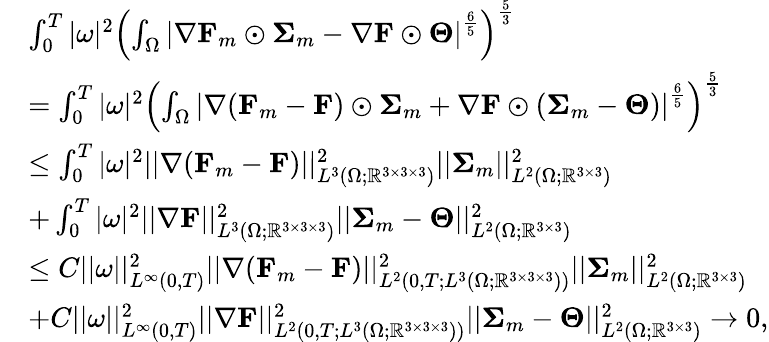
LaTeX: \begin{array}{rl}&{\int_{0}^{T}|\omega|^{2}\left(\int_{\Omega}\left|\nabla\mathbf{F}_{m}\odot\boldsymbol{\Sigma}_{m}-\nabla\mathbf{F}\odot\boldsymbol{\Theta}\right|^{\frac{6}{5}}\right)^{\frac{5}{3}}}\\ &{=\int_{0}^{T}|\omega|^{2}\left(\int_{\Omega}\left|\nabla(\mathbf{F}_{m}-\mathbf{F})\odot\boldsymbol{\Sigma}_{m}+\nabla\mathbf{F}\odot(\boldsymbol{\Sigma}_{m}-\boldsymbol{\Theta})\right|^{\frac{6}{5}}\right)^{\frac{5}{3}}}\\ &{\leq\int_{0}^{T}|\omega|^{2}||\nabla(\mathbf{F}_{m}-\mathbf{F})||_{L^{3}(\Omega;\mathbb{R}^{3\times 3\times 3})}^{2}||\boldsymbol{\Sigma}_{m}||_{L^{2}(\Omega;\mathbb{R}^{3\times 3})}^{2}}\\ &{+\int_{0}^{T}|\omega|^{2}||\nabla\mathbf{F}||_{L^{3}(\Omega;\mathbb{R}^{3\times 3\times 3})}^{2}||\boldsymbol{\Sigma}_{m}-\boldsymbol{\Theta}||_{L^{2}(\Omega;\mathbb{R}^{3\times 3})}^{2}}\\ &{\leq C||\omega||_{L^{\infty}(0,T)}^{2}||\nabla(\mathbf{F}_{m}-\mathbf{F})||_{L^{2}(0,T;L^{3}(\Omega;\mathbb{R}^{3\times 3\times 3}))}^{2}||\boldsymbol{\Sigma}_{m}||_{L^{2}(\Omega;\mathbb{R}^{3\times 3})}^{2}}\\ &{+C||\omega||_{L^{\infty}(0,T)}^{2}||\nabla\mathbf{F}||_{L^{2}(0,T;L^{3}(\Omega;\mathbb{R}^{3\times 3\times 3}))}^{2}||\boldsymbol{\Sigma}_{m}-\boldsymbol{\Theta}||_{L^{2}(\Omega;\mathbb{R}^{3\times 3})}^{2}\to 0,}\end{array}